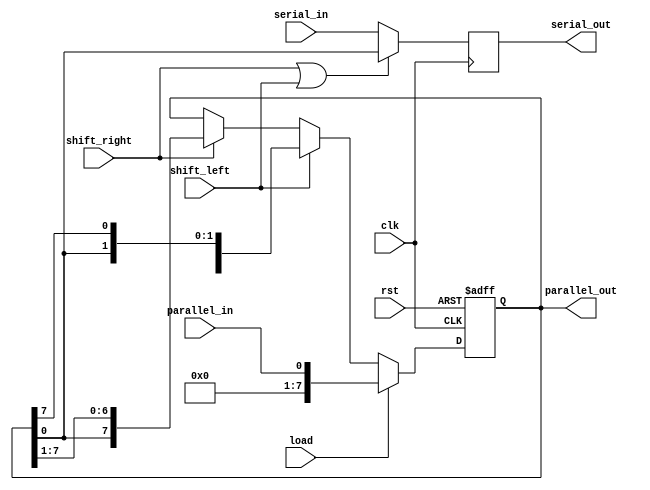
module universal_shift_register(
    input wire clk,
    input wire rst,
    input wire shift_left,
    input wire shift_right,
    input wire load,
    input wire serial_in,
    input wire parallel_in,
    output reg serial_out,
    output reg [7:0] parallel_out
);

reg [7:0] data_reg;

always @(posedge clk or posedge rst) begin
    if (rst) begin
        data_reg <= 8'h00;
    end else begin
        if (load) begin
            data_reg <= parallel_in;
        end else begin
            if (shift_left) begin
                data_reg <= {data_reg[6:0], data_reg[7]};
            end else if (shift_right) begin
                data_reg <= {data_reg[0], data_reg[7:1]};
            end else begin
                data_reg <= data_reg;
            end
        end
    end
end

always @(posedge clk) begin
    if (shift_right | shift_left) begin
        serial_out <= data_reg[0];
    end else begin
        serial_out <= serial_in;
    end
end

assign parallel_out = data_reg;

endmodule